Indian journal of veterinary science and animal husbandry - Volumes 22-23, 1952-1953
Year: 1952
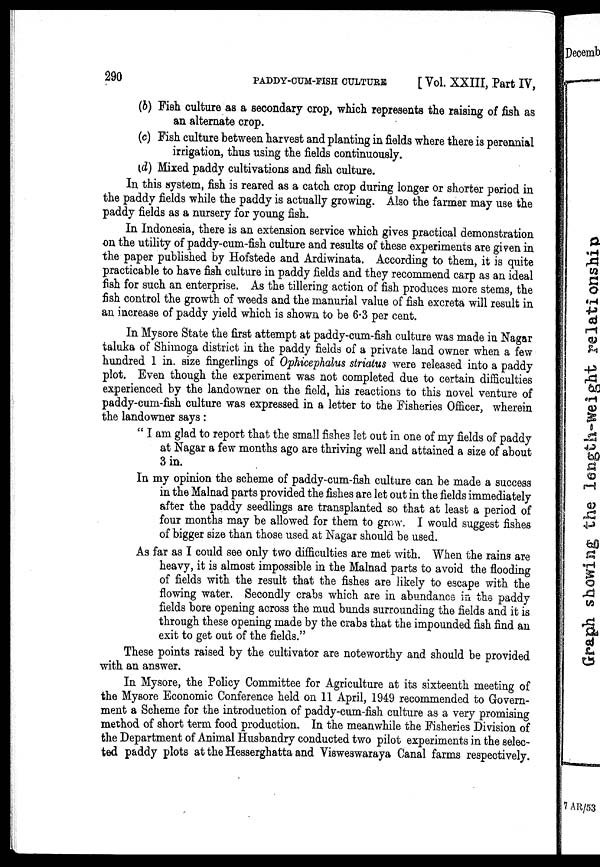
290
PADDY-CUM-FISH CULTURE
[Vol. XXIII, Part IV,
(b) Fish culture as a secondary crop, which represents the raising of fish as
an alternate crop.
(c) Fish culture between harvest and planting in fields where there is perennial
irrigation, thus using the fields continuously.
(d) Mixed paddy cultivations and fish culture.
In this system, fish is reared as a catch crop during longer or shorter period in
the paddy fields while the paddy is actually growing. Also the farmer may use the
paddy fields as a nursery for young fish.
In Indonesia, there is an extension service which gives practical demonstration
on the utility of paddy-cum-fish culture and results of these experiments are given in
the paper published by Hofstede and Ardiwinata. According to them, it is quite
practicable to have fish culture in paddy fields and they recommend carp as an ideal
fish for such an enterprise. As the tillering action of fish produces more stems, the
fish control the growth of weeds and the manurial value of fish excreta will result in
an increase of paddy yield which is shown to be 6.3 per cent.
In Mysore State the first attempt at paddy-cum-fish culture was made in Nagar
taluka of Shimoga district in the paddy fields of a private land owner when a few
hundred 1 in. size fingerlings of Ophicephalus striatus were released into a paddy
plot. Even though the experiment was not completed due to certain difficulties
experienced by the landowner on the field, his reactions to this novel venture of
paddy-cum-fish culture was expressed in a letter to the Fisheries Officer, wherein
the landowner says:
"I am glad to report that the small fishes let out in one of my fields of paddy
at Nagar a few months ago are thriving well and attained a size of about
3 in.
In my opinion the scheme of paddy-cum-fish culture can be made a success
in the Malnad parts provided the fishes are let out in the fields immediately
after the paddy seedlings are transplanted so that at least a period of
four months may be allowed for them to grow. I would suggest fishes
of bigger size than those used at Nagar should be used.
As far as I could see only two difficulties are met with. When the rains are
heavy, it is almost impossible in the Malnad parts to avoid the flooding
of fields with the result that the fishes are likely to escape with the
flowing water. Secondly crabs which are in abundance in the paddy
fields bore opening across the mud bunds surrounding the fields and it is
through these opening made by the crabs that the impounded fish find an
exit to get out of the fields."
These points raised by the cultivator are noteworthy and should be provided
with an answer.
In Mysore, the Policy Committee for Agriculture at its sixteenth meeting of
the Mysore Economic Conference held on 11 April, 1949 recommended to Govern-
ment a Scheme for the introduction of paddy-cum-fish culture as a very promising
method of short term food production. In the meanwhile the Fisheries Division of
the Department of Animal Husbandry conducted two pilot experiments in the selec-
ted paddy plots at the Hesserghatta and Visweswaraya Canal farms respectively.